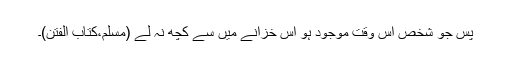
پس جو شخص اس وقت موجود ہو اس خزانے میں سے کچھ نہ لے (مسلم،کتاب الفتن)۔